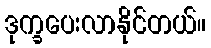
ဒုက္ခပေးလာနိုင်တယ်။